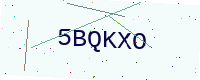
Text: 5BQKXO